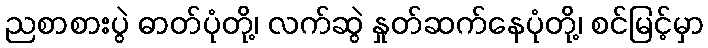
ညစာစားပွဲ ဓာတ်ပုံတို့၊ လက်ဆွဲ နှုတ်ဆက်နေပုံတို့၊ စင်မြင့်မှာ